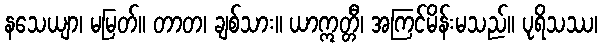
နသေယျာ၊ မမြတ်။ တာတ၊ ချစ်သား။ ယာဣတ္တီ၊ အကြင်မိန်းမသည်။ ပုရိသဿ၊